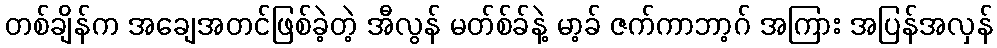
တစ်ချိန်က အချေအတင်ဖြစ်ခဲ့တဲ့ အီလွန် မတ်စ်ခ်နဲ့ မာ့ခ် ဇက်ကာဘာ့ဂ် အကြား အပြန်အလှန်